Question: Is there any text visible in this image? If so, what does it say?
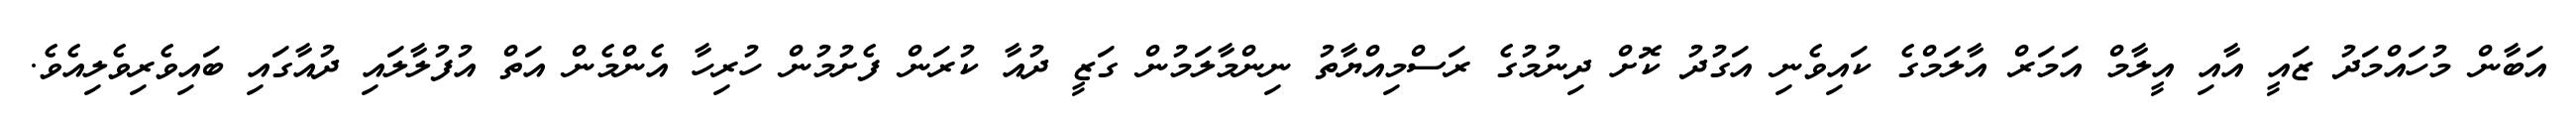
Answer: އަބާން މުހައްމަދު ޒައީ އާއި އީލާމް އަމަރް އާލަމްގެ ކައިވެނި އަގުދު ކޮށް ދިނުމުގެ ރަސްމިއްޔާތު ނިންމާލަމުން ގަޒީ ދުއާ ކުރަން ފެށުމުން ހުރިހާ އެންމެން އަތް އުފުލާލައި ދުއާގައި ބައިވެރިވެލިއެވެ.